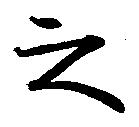
之